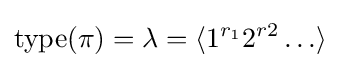
{\text{type}}(\pi )=\lambda =\langle 1^{r_{1}}2^{r2}\ldots \rangle